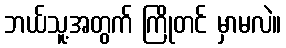
ဘယ်သူ့အတွက် ကြိုတင် မှာမလဲ။